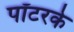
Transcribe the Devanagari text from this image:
पॉटरके